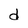
Character: d